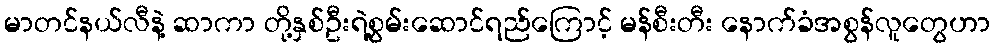
မာတင်နယ်လီနဲ့ ဆာကာ တို့နှစ်ဦးရဲ့စွမ်းဆောင်ရည်ကြောင့် မန်စီးတီး နောက်ခံအစွန်လူတွေဟာ